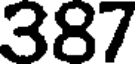
387